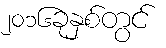
၂၀၁၆ခုနှစ်တွင်